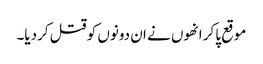
موقع پاکر انھوں نے ان دونوں کو قتل کردیا۔